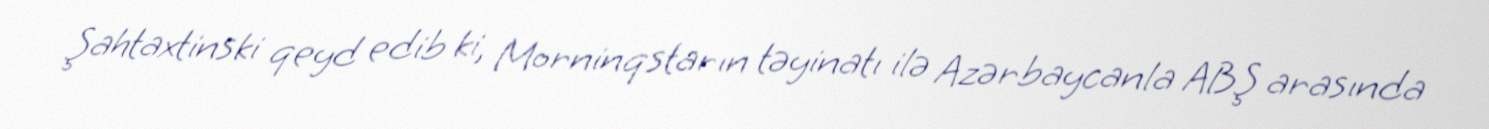
Şahtaxtinski qeyd edib ki, Morninqstarın təyinatı ilə Azərbaycanla ABŞ arasında